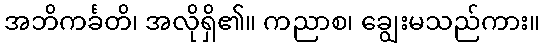
အဘိကင်္ခတိ၊ အလိုရှိ၏။ ကညာစ၊ ချွေးမသည်ကား။